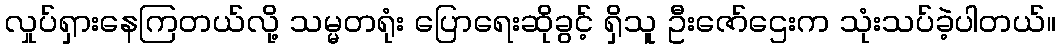
လှုပ်ရှားနေကြတယ်လို့ သမ္မတရုံး ပြောရေးဆိုခွင့် ရှိသူ ဦးဇော်ဌေးက သုံးသပ်ခဲ့ပါတယ်။